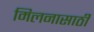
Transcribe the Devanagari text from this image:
मिलनासाठी